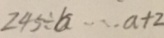
2 4 5 \div b \cdots a + 2